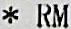
* RM